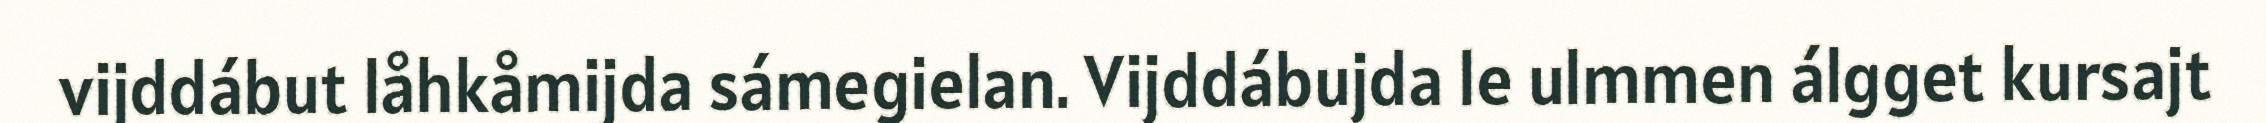
vijddábut låhkåmijda sámegielan. Vijddábujda le ulmmen álgget kursajt